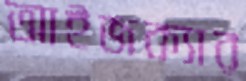
আইজক্যার